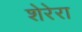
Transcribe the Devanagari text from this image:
शेरेरा